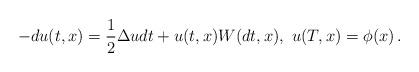
LaTeX: \begin{align*}-d u(t,x)=\frac12 \Delta u dt+u(t,x) W(dt, x),\ u(T, x) = \phi(x)\,.\end{align*}